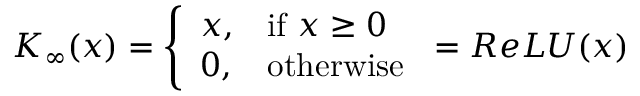
K _ { \infty } ( x ) = { \left\{ \begin{array} { l l } { x , } & { { \mathrm { i f ~ } } x \geq 0 } \\ { 0 , } & { { \mathrm { o t h e r w i s e } } } \end{array} \right. } = R e L U ( x )